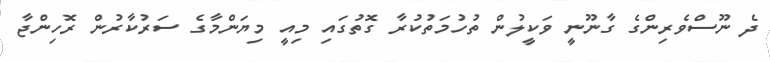
ދެ ނޫސްވެރިންގެ ގާނޫނީ ވަކީލުން ތުހުމަތުކުރާ ގޮތުގައި މިއީ މިޔަންމާގެ ސަރުކާރުން ރޮހިންޖާ